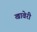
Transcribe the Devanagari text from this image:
खावेरी